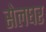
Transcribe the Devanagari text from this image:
सेलघर